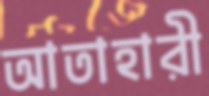
আতাহারী